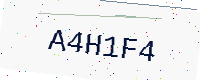
Text: A4H1F4